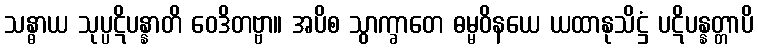
သန္ဓာယ သုပ္ပဋိပန္နာတိ ဝေဒိတဗ္ဗာ။ အပိစ သွာက္ခာတေ ဓမ္မဝိနယေ ယထာနုသိဋ္ဌံ ပဋိပန္နတ္တာပိ